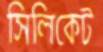
সিলিকেট